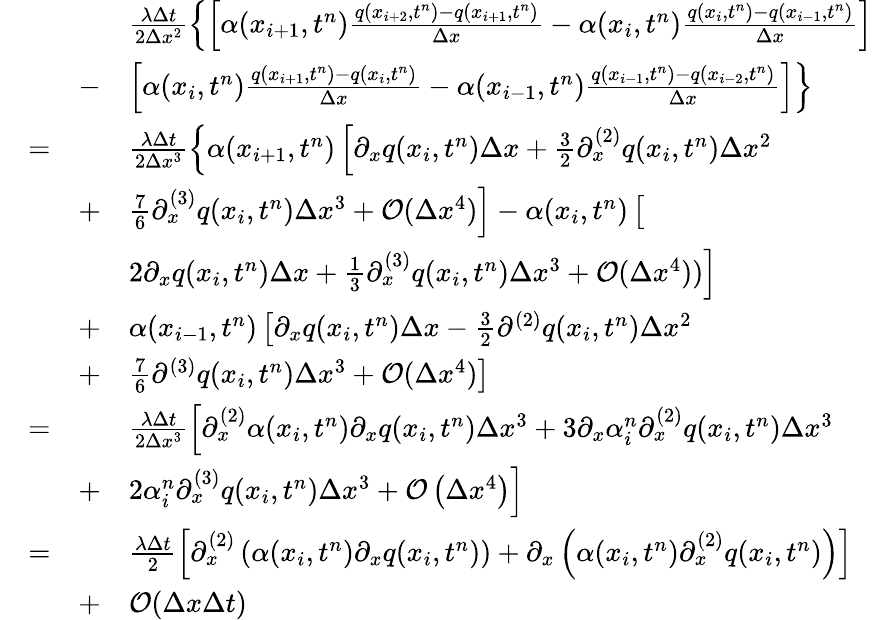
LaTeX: \begin{array}{rlrl}&{}&&{\frac{\lambda\Delta t}{2\Delta x^{2}}\left\lbrace\left[\alpha(x_{{i}+1},t^{n})\frac{q(x_{{i}+2},t^{n})-q(x_{{i}+1},t^{n})}{\Delta x}-\alpha(x_{{i}},t^{n})\frac{q(x_{{i}},t^{n})-q(x_{{i}-1},t^{n})}{\Delta x}\right]\right.}\\ &{}&{-}&{\left.\left[\alpha(x_{{i}},t^{n})\frac{q(x_{{i}+1},t^{n})-q(x_{{i}},t^{n})}{\Delta x}-\alpha(x_{{i}-1},t^{n})\frac{q(x_{{i}-1},t^{n})-q(x_{{i}-2},t^{n})}{\Delta x}\right]\right\rbrace}\\ &{=}&&{\frac{\lambda\Delta t}{2\Delta x^{3}}\left\lbrace\alpha(x_{{i}+1},t^{n})\left[\partial_{x}q(x_{{i}},t^{n})\Delta x+\frac{3}{2}\partial_{x}^{(2)}q(x_{{i}},t^{n})\Delta x^{2}\right.\right.}\\ &{}&{+}&{\left.\left.\left.\frac{7}{6}\partial_{x}^{(3)}q(x_{{i}},t^{n})\Delta x^{3}+\mathcal{O}(\Delta x^{4})\right]-\alpha(x_{{i}},t^{n})\left[\phantom{\frac{b}{b}}\! \! \! \right.\right.\right.}\\ &{}&&{\left.\left.2\partial_{x}q(x_{{i}},t^{n})\Delta x+\frac{1}{3}\partial_{x}^{(3)}q(x_{{i}},t^{n})\Delta x^{3}+\mathcal{O}(\Delta x^{4}))\right]\right.}\\ &{}&{+}&{\left.\alpha(x_{{i}-1},t^{n})\left[\partial_{x}q(x_{{i}},t^{n})\Delta x-\frac{3}{2}\partial^{(2)}q(x_{{i}},t^{n})\Delta x^{2}\right.\right.}\\ &{}&{+}&{\left.\left.\left.\frac{7}{6}\partial^{(3)}q(x_{{i}},t^{n})\Delta x^{3}+\mathcal{O}(\Delta x^{4})\right]\right.\right.}\\ &{=}&&{\frac{\lambda\Delta t}{2\Delta x^{3}}\left[\partial_{x}^{(2)}\alpha(x_{{i}},t^{n})\partial_{x}q(x_{{i}},t^{n})\Delta x^{3}+3\partial_{x}\alpha_{i}^{n}\partial_{x}^{(2)}q(x_{{i}},t^{n})\Delta x^{3}\right.}\\ &{}&{+}&{\left.2\alpha_{i}^{n}\partial_{x}^{(3)}q(x_{{i}},t^{n})\Delta x^{3}+\mathcal{O}\left(\Delta x^{4}\right)\right]}\\ &{=}&&{\frac{\lambda\Delta t}{2}\left[\partial_{x}^{(2)}\left(\alpha(x_{{i}},t^{n})\partial_{x}q(x_{{i}},t^{n})\right)+\partial_{x}\left(\alpha(x_{i},t^{n})\partial_{x}^{(2)}q(x_{i},t^{n})\right)\right]}\\ &{}&{+}&{\mathcal{O}(\Delta x\Delta t)}\end{array}